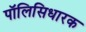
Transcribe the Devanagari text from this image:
पॉलिसिधारक